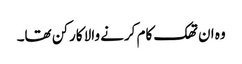
وہ ان تھک کام کرنے والا کارکن تھا۔